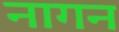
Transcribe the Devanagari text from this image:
नागन